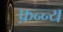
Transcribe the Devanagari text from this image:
फ़न्न्य